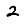
Digit: 2